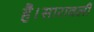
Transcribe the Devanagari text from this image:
है।सारावली